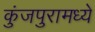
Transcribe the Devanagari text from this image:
कुंजपुरामध्ये